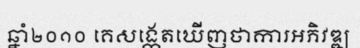
ឆ្នាំ២០១០ គេសង្កេតឃើញថាការអភិវឌ្ឍ